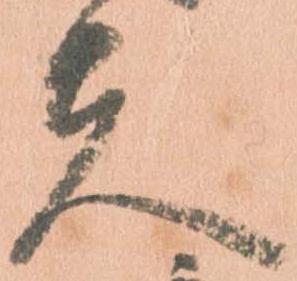
夫